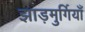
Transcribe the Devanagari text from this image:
झाड़मुर्गियाँ